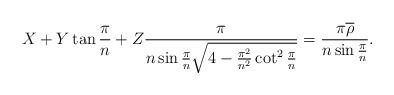
LaTeX: \begin{align*}X+Y \tan\frac \pi n+Z \frac \pi {n \sin \frac \pi n \sqrt{4-\frac {\pi^2}{n^2}\cot^{2}\frac \pi n}}=\frac {\pi \overline \rho}{n\sin \frac \pi n}.\end{align*}